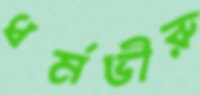
ধর্মভীরু